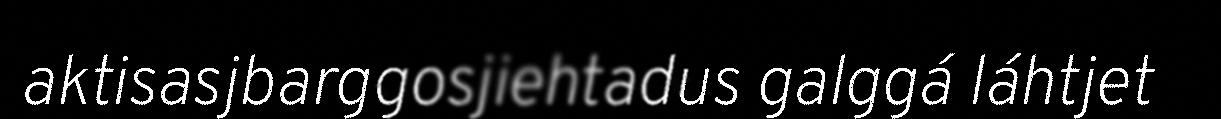
aktisasjbarggosjiehtadus galggá láhtjet